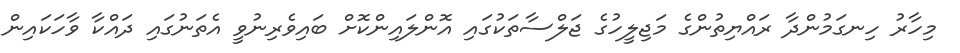
މިހާރު ހިނގަމުންދާ ރައްޔިތުންގެ މަޖިލީހުގެ ޖަލްސާތަކުގައި އޮންލައިންކޮށް ބައިވެރިނުވީ އެތަނުގައި ދައްކާ ވާހަކައިން